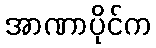
အာဏာပိုင်က